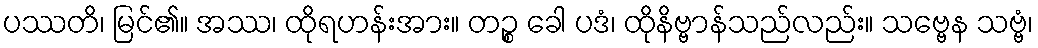
ပဿတိ၊ မြင်၏။ အဿ၊ ထိုရဟန်းအား။ တဉ္စ ခေါ ပဒံ၊ ထိုနိဗ္ဗာန်သည်လည်း။ သဗ္ဗေန သဗ္ဗံ၊